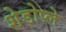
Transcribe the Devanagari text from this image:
शेडोप्ले